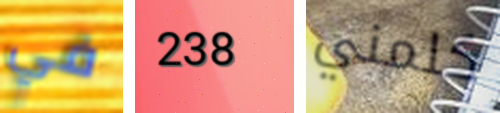
في 238 كلمني